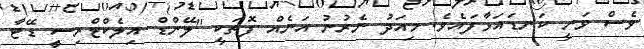
ވެސް ވަނީ ކަނޑައަޅާފައެވެ. މިއަދު ނެރުނު އަނެއް ފޮތަކީ "ލޭންޑް އިލެކްޓްރިސިީ ޑޭޓާ